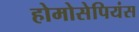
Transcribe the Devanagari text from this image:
होमोसेपियंस